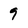
Character: 9